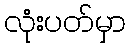
လုံးပတ်မှာ